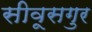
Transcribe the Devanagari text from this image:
सीवूसगुर